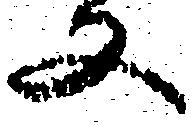
又